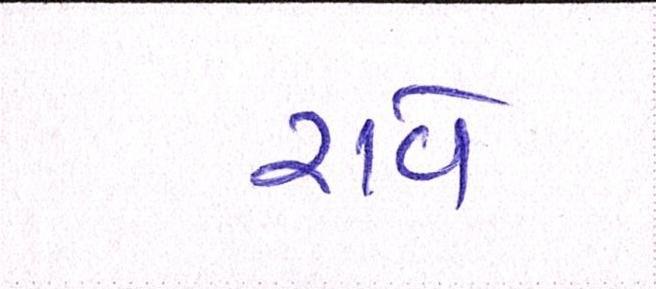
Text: રાવે